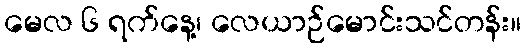
မေလ ၆ ရက်နေ့၊ လေယာဉ်မောင်းသင်တန်း။